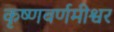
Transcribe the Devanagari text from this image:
कृष्णवर्णमीश्वर